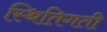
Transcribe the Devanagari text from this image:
स्थितिगती